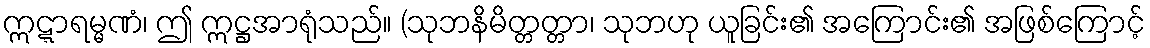
ဣဋ္ဋာရမ္မဏံ၊ ဤ ဣဋ္ဌအာရုံသည်။ (သုဘနိမိတ္တတ္တာ၊ သုဘဟု ယူခြင်း၏ အကြောင်း၏ အဖြစ်ကြောင့်